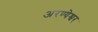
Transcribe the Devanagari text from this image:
अरण्येश्वर